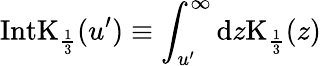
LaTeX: \mathrm{IntK}_{\frac{1}{3}}(u^{\prime})\equiv\int_{u^{\prime}}^{\infty}\mathrm{d}z\mathrm{K}_{\frac{1}{3}}(z)